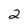
Character: 2